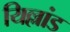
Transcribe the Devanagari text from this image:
यिल्लांड